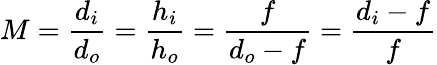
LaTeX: M={\frac{d_{i}}{d_{o}}}={\frac{h_{i}}{h_{o}}}={\frac{f}{d_{o}-f}}={\frac{d_{i}-f}{f}}